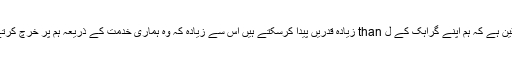
ہمیں یقین ہے کہ ہم اپنے گراہک کے ل than زیادہ قدریں پیدا کرسکتے ہیں اس سے زیادہ کہ وہ ہماری خدمت کے ذریعہ ہم پر خرچ کرتے ہیں۔